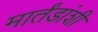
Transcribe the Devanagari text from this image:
मार्तंडांशी